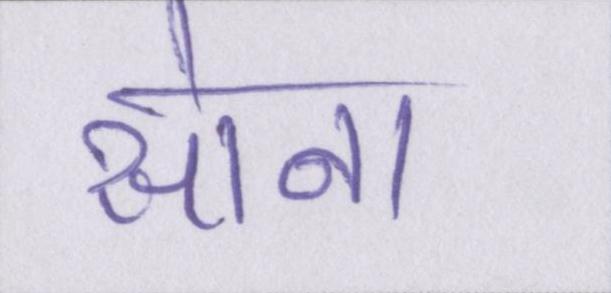
सोना